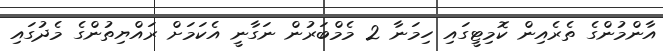
އާންމުންގެ ތެރެއިން ކޮމިޓީގައި ހިމަނާ 2 މެމްބަރުން ނަގާނީ އެކަމަށް ރައްޔިތުންގެ މެދުގައި